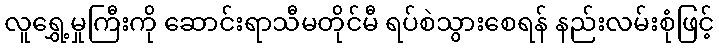
လူရွှေ့မှုကြီးကို ဆောင်းရာသီမတိုင်မီ ရပ်စဲသွားစေရန် နည်းလမ်းစုံဖြင့်